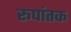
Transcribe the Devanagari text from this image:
रूपांतक